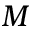
M